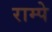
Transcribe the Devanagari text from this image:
राम्पे